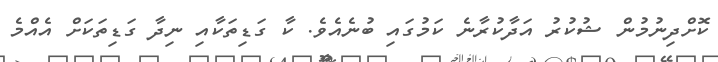
ކޮށްދިނުމުން ޝުކުރު އަދާކުރާނެ ކަމުގައި ބުނެއެވެ. ކާ ގަޑިތަކާއި ނިދާ ގަޑިތަކަށް އެއްމެ